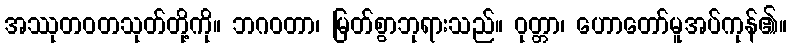
အဿုတဝတသုတ်တို့ကို။ ဘဂဝတာ၊ မြတ်စွာဘုရားသည်။ ဝုတ္တာ၊ ဟောတော်မူအပ်ကုန်၏။